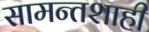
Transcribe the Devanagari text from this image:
सामन्तशाही